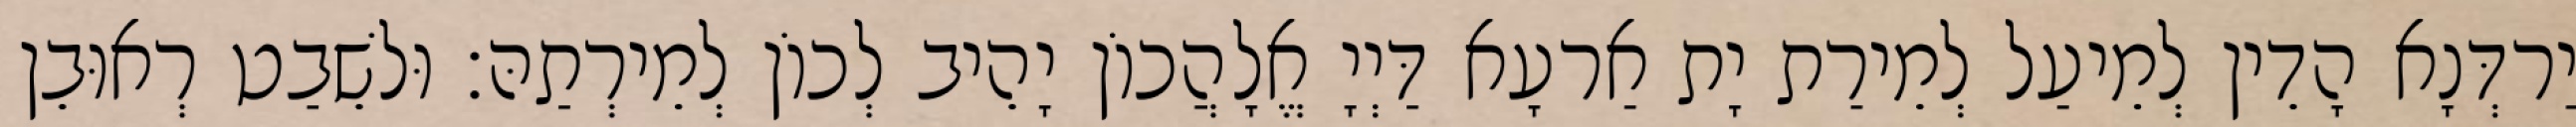
יַרדְּנָא הָדֵין לְמֵיעַל לְמֵירַת יָת אַרעָא דַּיְיָ אֱלָהֲכוֹן יָהֵיב לְכוֹן לְמֵירְתַהּ׃ וּלשֵׁבַט רְאוּבֵן